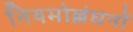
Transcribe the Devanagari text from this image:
नियमोल्लंघनों